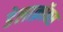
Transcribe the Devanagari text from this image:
डेलाक्रॉक्स